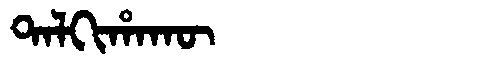
Manchu: ᡨᠠᠯᡴᡳᡥᠠᡴᡡ
Romanization: TALKIHAKŪ